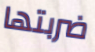
ضربتها